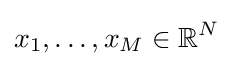
x_{1},\ldots ,x_{M}\in \mathbb {R} ^{N}